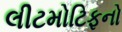
લીટમોટિફનો